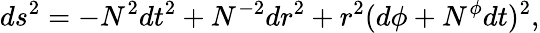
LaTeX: ds^{2}=-N^{2}dt^{2}+N^{-2}dr^{2}+r^{2}(d\phi+N^{\phi}dt)^{2},